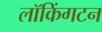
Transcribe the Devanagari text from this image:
लॉकिंगटन